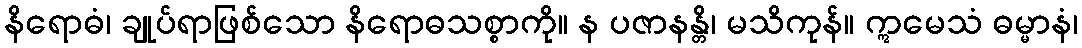
နိရောဓံ၊ ချုပ်ရာဖြစ်သော နိရောဓသစ္စာကို။ န ပဇာနန္တိ၊ မသိကုန်။ ဣမေသံ ဓမ္မာနံ၊